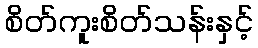
စိတ်ကူးစိတ်သန်းနှင့်